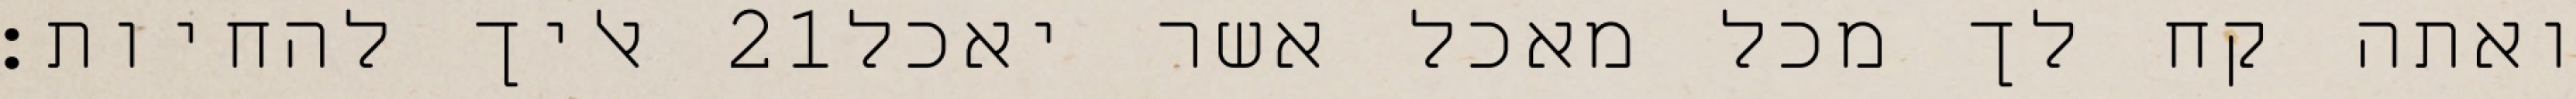
אליך להחיות׃ ‎21‏ ואתה קח לך מכל מאכל אשר יאכל